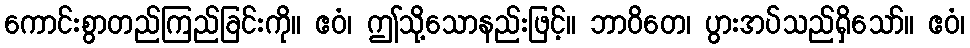
ကောင်းစွာတည်ကြည်ခြင်းကို။ ဧဝံ၊ ဤသို့သောနည်းဖြင့်။ ဘာဝိတေ၊ ပွားအပ်သည်ရှိသော်။ ဧဝံ၊